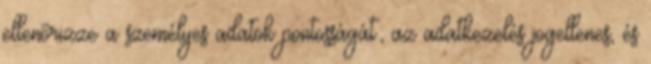
ellenőrizze a személyes adatok pontosságát; az adatkezelés jogellenes, és